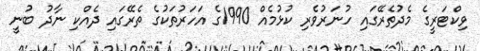
ވިކްޓަރީގެ މެދުތެރޭގައި ހުނަރުވެރި ކުޅުމެއް 1990ގެ އަހަރުތަކުގެ ތެރޭގައި ދެއްކި ނާދު ބުނީ